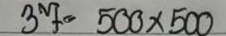
37 = 500 x 500